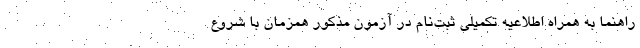
راهنما به همراه اطلاعیه تکمیلی ثبت‌نام در آزمون مذکور همزمان با شروع